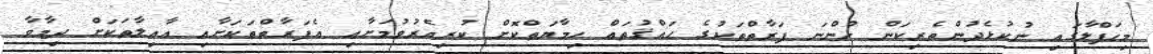
މިހަފްލާގައި ނުކުޅެދުންތެރިކަން ހުންނަ ފަރާތްތަކުގެ ޙައްޤުތައް ހިމާޔަތްކޮށް ކުރިއެރުވުމަށާއި އެފަރާތްތަކަށާއި ޢާއިލާތަކަށް ދިމާވާ